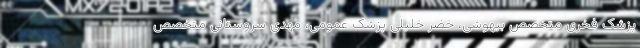
پزشک فخری متخصص بیهوشی، خضر خلیلی پزشک عمومی، مهدی سروستانی متخصص